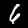
Label: 6